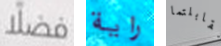
فضلا راية تقابلتما